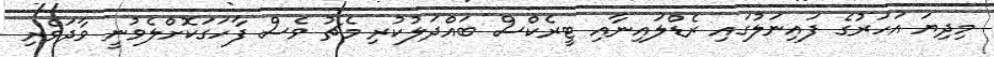
މިދިޔަ އަހަރުގެ ފައިނަލުގައި ރެޑްލައިނާއި ޓީރެކްސް ބައްދަލުކުރި މެޗު ވެސް ފާހަގަކޮށްލެވުނީ ވާދަވެރި